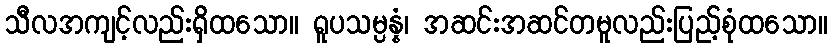
သီလအကျင့်လည်းရှိထသော။ ရူပသမ္ပန္နံ၊ အဆင်းအဆင်တမူလည်းပြည့်စုံထသော။